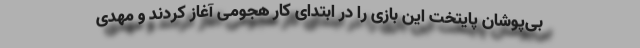
بی‌پوشان پایتخت این بازی را در ابتدای کار هجومی آغاز کردند و مهدی